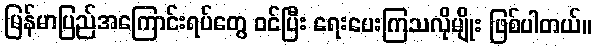
မြန်မာပြည်အကြောင်းရပ်တွေ ဝင်ပြီး ရေးပေးကြသလိုမျိုး ဖြစ်ပါတယ်။